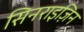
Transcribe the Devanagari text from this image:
सिनराइज़िन